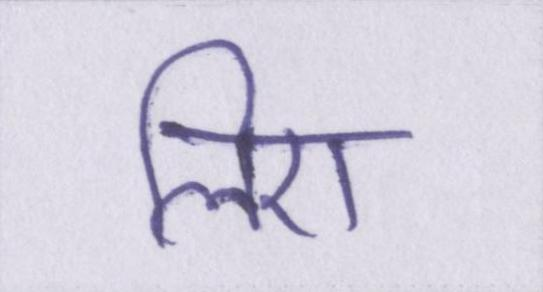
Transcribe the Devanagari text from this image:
लिए